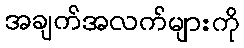
အချက်အလက်များကို